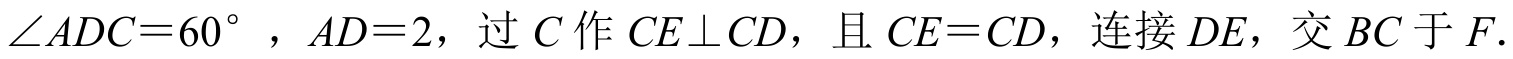
\(\angle ADC = 60^{\circ}\)，\(AD = 2\)，过\(C\)作\(CE\perp CD\)，且\(CE = CD\)，连接\(DE\)，交\(BC\)于\(F\).